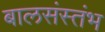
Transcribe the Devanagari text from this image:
बालसंस्तंभ